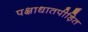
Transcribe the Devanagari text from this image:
पक्षाधातपीड़ित